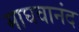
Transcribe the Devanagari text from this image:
माघवानंद